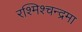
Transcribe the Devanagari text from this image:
रश्मिश्चन्द्रमा